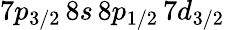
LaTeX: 7p_{3/2}\, 8s\, 8p_{1/2}\, 7d_{3/2}